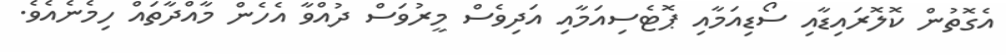
އެގޮތުން ކޮލޮރައިޑާއި ސޯޑިއަމާއި ޕޮޓެސިއަމާއި އަދިވެސް މީރުވަސް ދުއްވާ އެހެން މާއްދާތައް ހިމެނެއެވެ.